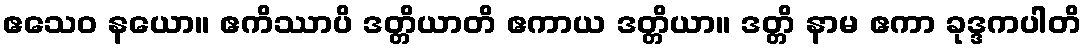
ဧသေဝ နယော။ ဧကိဿာပိ ဒတ္တိယာတိ ဧကာယ ဒတ္တိယာ။ ဒတ္တိ နာမ ဧကာ ခုဒ္ဒကပါတိ